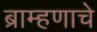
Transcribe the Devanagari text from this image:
ब्राम्हणाचे